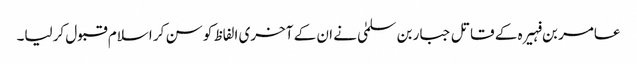
عامر بن فہیرہ کے قاتل جبار بن سلمیٰ نے ان کے آخری الفاظ کو سن کر اسلام قبول کرلیا۔